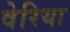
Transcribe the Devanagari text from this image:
वेरिया